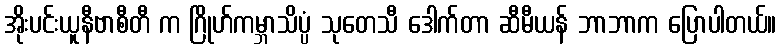
အိုးပင်းယူနီဗာစီတီ က ဂြိုဟ်ကမ္ဘာသိပ္ပံ သုတေသီ ဒေါက်တာ ဆီမီယန် ဘာဘာက ပြောပါတယ်။